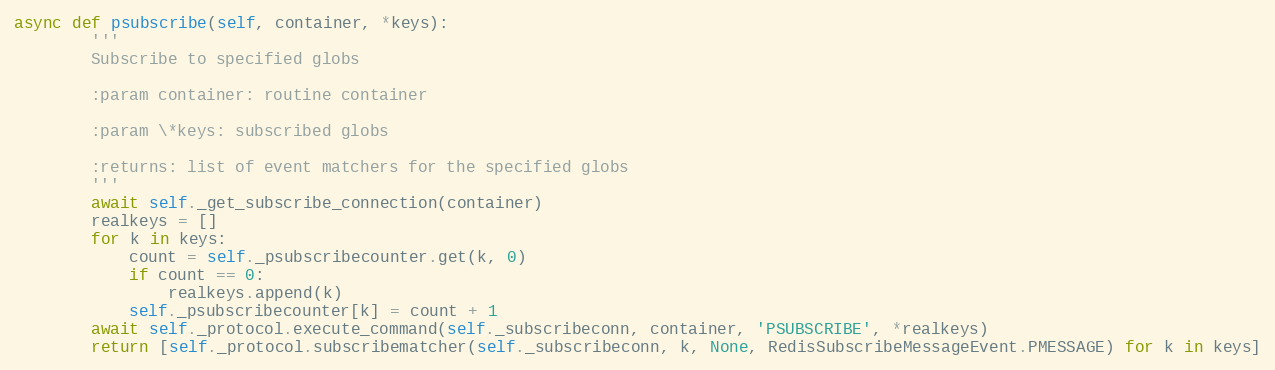
Language: Python
async def psubscribe(self, container, *keys):
        '''
        Subscribe to specified globs

        :param container: routine container

        :param \*keys: subscribed globs

        :returns: list of event matchers for the specified globs
        '''
        await self._get_subscribe_connection(container)
        realkeys = []
        for k in keys:
            count = self._psubscribecounter.get(k, 0)
            if count == 0:
                realkeys.append(k)
            self._psubscribecounter[k] = count + 1
        await self._protocol.execute_command(self._subscribeconn, container, 'PSUBSCRIBE', *realkeys)
        return [self._protocol.subscribematcher(self._subscribeconn, k, None, RedisSubscribeMessageEvent.PMESSAGE) for k in keys]